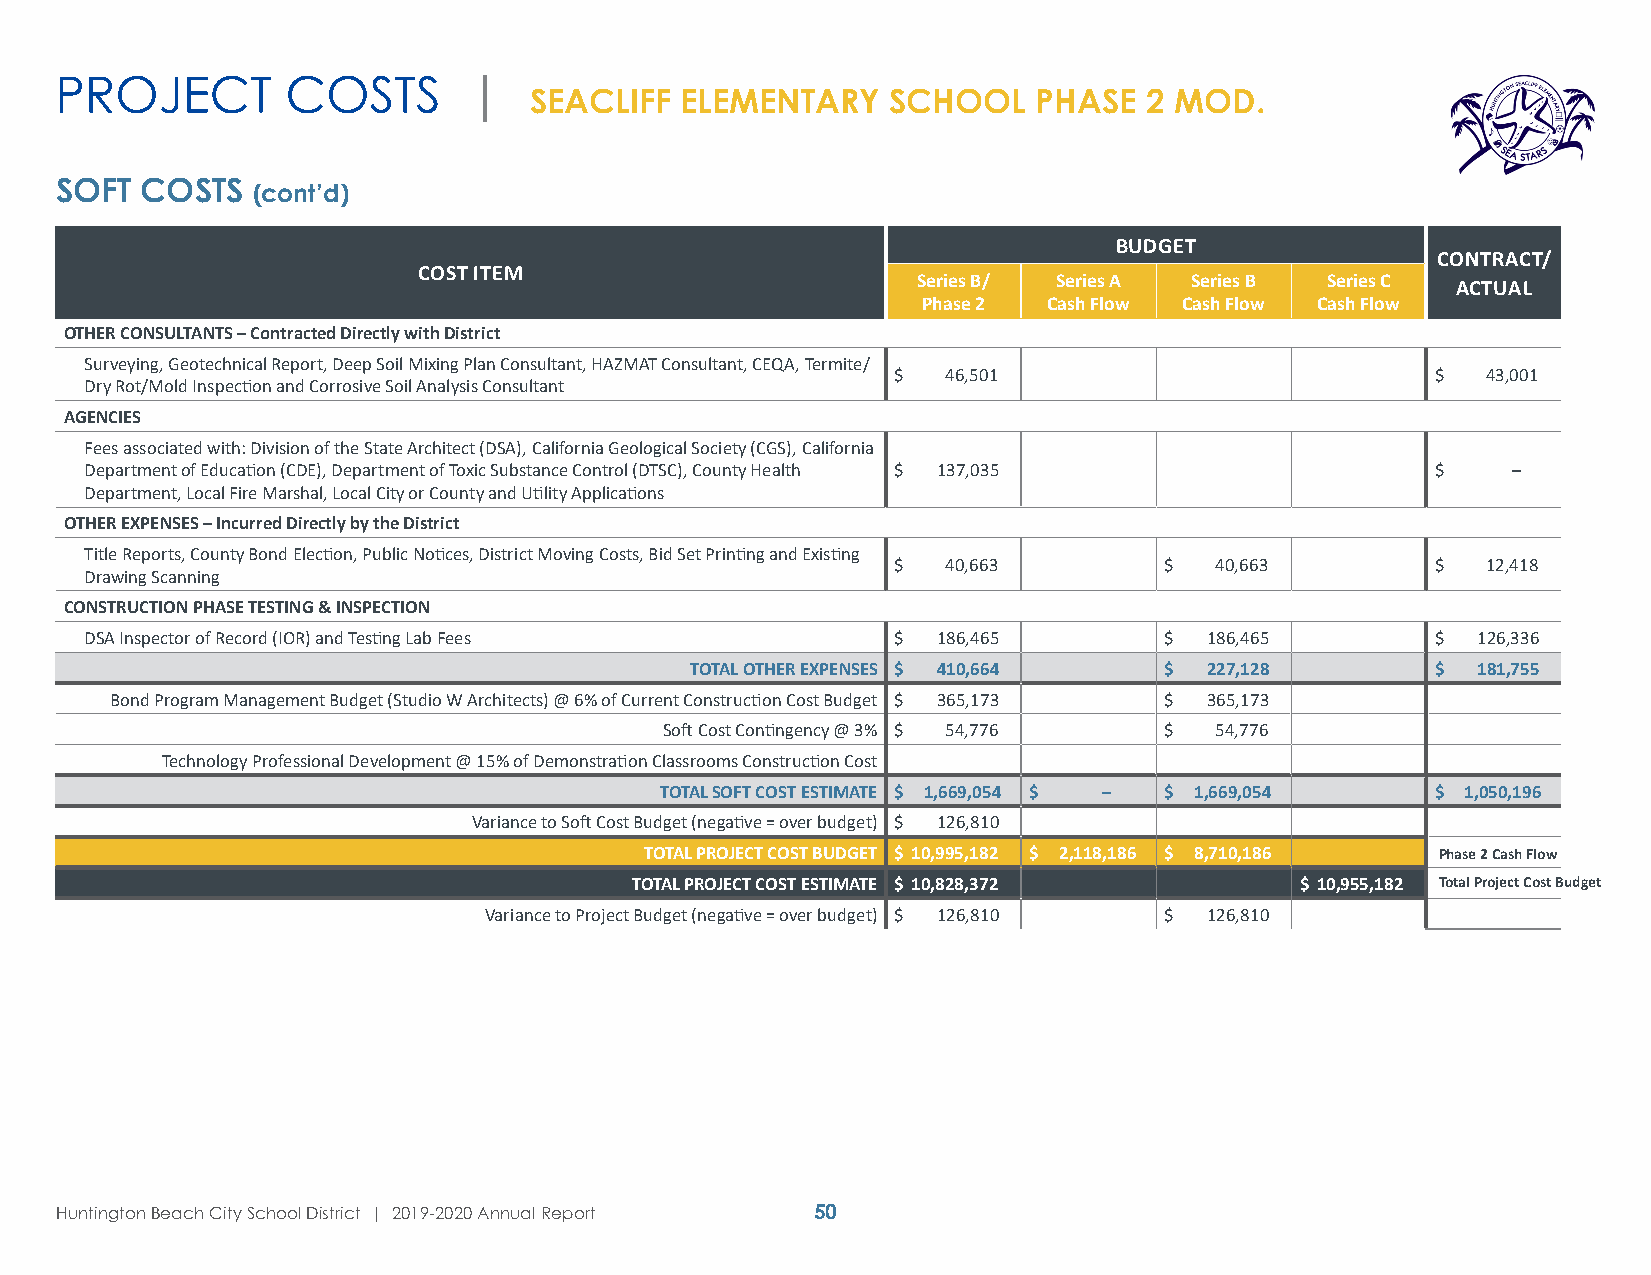
PROJECT        COSTS       |
 SEACLIFF  ELEMENTARY    SCHOOL    PHASE  2 MOD.
 SOFT COSTS   (cont’d)
 BUDGET
 CONTRACT/
 COST ITEM
 Series B/ Series A Series B Series C
 ACTUAL
 Phase 2 Cash Flow Cash Flow Cash Flow
 OTHER CONSULTANTS – Contracted Directly with District
 Surveying, Geotechnical Report, Deep Soil Mixing Plan Consultant, HAZMAT Consultant, CEQA, Termite/
 $   46,501                          $  43,001
 Dry Rot/Mold Inspection and Corrosive Soil Analysis Consultant
 AGENCIES
 Fees associated with: Division of the State Architect (DSA), California Geological Society (CGS), California
 Department of Education (CDE), Department of Toxic Substance Control (DTSC), County Health $ 137,035 $ –
 Department, Local Fire Marshal, Local City or County and Utility Applications
 OTHER EXPENSES – Incurred Directly by the District
 Title Reports, County Bond Election, Public Notices, District Moving Costs, Bid Set Printing and Existing
 $   40,663        $  40,663         $  12,418
 Drawing Scanning
 CONSTRUCTION PHASE TESTING & INSPECTION
 DSA Inspector of Record (IOR) and Testing Lab Fees   $  186,465        $  186,465        $  126,336
 TOTAL OTHER EXPENSES $ 410,664 $  227,128        $  181,755
 Bond Program Management Budget (Studio W Architects) @ 6% of Current Construction Cost Budget $ 365,173 $ 365,173
 Soft Cost Contingency @ 3% $ 54,776 $ 54,776
 Technology Professional Development @ 15% of Demonstration Classrooms Construction Cost
 TOTAL SOFT COST ESTIMATE $ 1,669,054 $ – $ 1,669,054 $ 1,050,196
 Variance to Soft Cost Budget (negative = over budget) $ 126,810
 TOTAL PROJECT COST BUDGET $ 10,995,182 $ 2,118,186 $ 8,710,186 Phase 2 Cash Flow
 TOTAL PROJECT COST ESTIMATE $ 10,828,372    $ 10,955,182 Total Project Cost Budget
 Variance to Project Budget (negative = over budget) $ 126,810 $ 126,810
 Huntington Beach City School District | 2019-2020 Annual Report 50